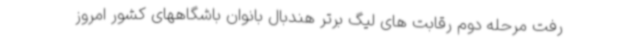
رفت مرحله دوم رقابت های لیگ برتر هندبال بانوان باشگاههای کشور امروز